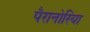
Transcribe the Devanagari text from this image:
पैरानोरिया